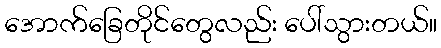
အောက်ခြေတိုင်တွေလည်း ပေါ်သွားတယ်။